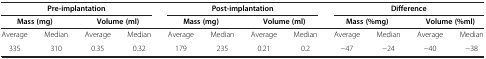
<table><thead><tr><td colspan="4"><b>Pre-implantation</b></td><td colspan="4"><b>Post-implantation</b></td><td colspan="4"><b>Difference</b></td></tr><tr><td colspan="2"><b>Mass (mg)</b></td><td colspan="2"><b>Volume (ml)</b></td><td colspan="2"><b>Mass (mg)</b></td><td colspan="2"><b>Volume (ml)</b></td><td colspan="2"><b>Mass (%mg)</b></td><td colspan="2"><b>Volume (%ml)</b></td></tr></thead><tbody><tr><td>Average</td><td>Median</td><td>Average</td><td>Median</td><td>Average</td><td>Median</td><td>Average</td><td>Median</td><td>Average</td><td>Median</td><td>Average</td><td>Median</td></tr><tr><td>335</td><td>310</td><td>0.35</td><td>0.32</td><td>179</td><td>235</td><td>0.21</td><td>0.2</td><td>−47</td><td>−24</td><td>−40</td><td>−38</td></tr></tbody></table>